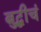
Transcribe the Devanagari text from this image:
बुद्धीचं